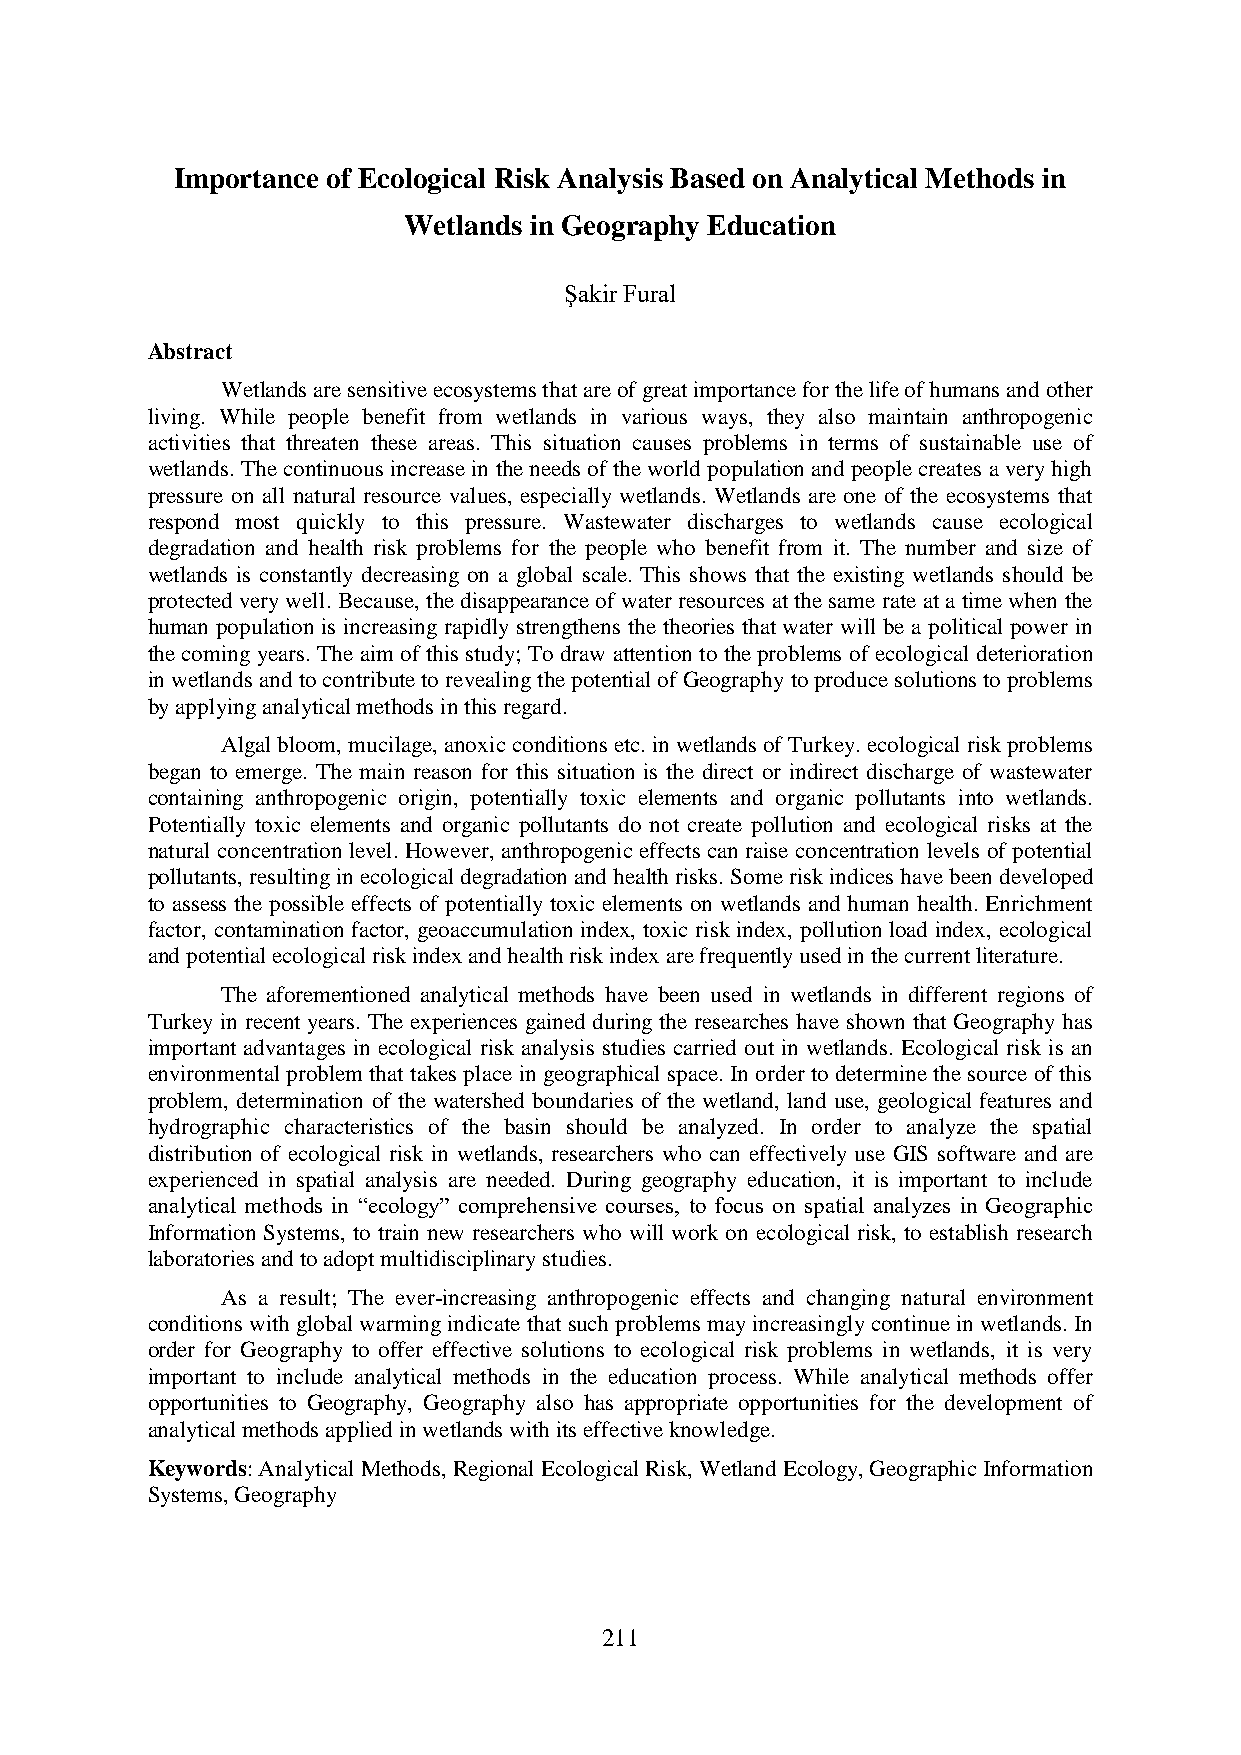
Importance of Ecological Risk Analysis Based on Analytical Methods in
 Wetlands in Geography Education
 Şakir Fural
 Abstract
 Wetlands are sensitive ecosystems that are of great importance for the life of humans and other
 living. While people benefit from wetlands in various ways, they also maintain anthropogenic
 activities that threaten these areas. This situation causes problems in terms of sustainable use of
 wetlands. The continuous increase in the needs of the world population and people creates a very high
 pressure on all natural resource values, especially wetlands. Wetlands are one of the ecosystems that
 respond most quickly to this pressure. Wastewater discharges to wetlands cause ecological
 degradation and health risk problems for the people who benefit from it. The number and size of
 wetlands is constantly decreasing on a global scale. This shows that the existing wetlands should be
 protected very well. Because, the disappearance of water resources at the same rate at a time when the
 human population is increasing rapidly strengthens the theories that water will be a political power in
 the coming years. The aim of this study; To draw attention to the problems of ecological deterioration
 in wetlands and to contribute to revealing the potential of Geography to produce solutions to problems
 by applying analytical methods in this regard.
 Algal bloom, mucilage, anoxic conditions etc. in wetlands of Turkey. ecological risk problems
 began to emerge. The main reason for this situation is the direct or indirect discharge of wastewater
 containing anthropogenic origin, potentially toxic elements and organic pollutants into wetlands.
 Potentially toxic elements and organic pollutants do not create pollution and ecological risks at the
 natural concentration level. However, anthropogenic effects can raise concentration levels of potential
 pollutants, resulting in ecological degradation and health risks. Some risk indices have been developed
 to assess the possible effects of potentially toxic elements on wetlands and human health. Enrichment
 factor, contamination factor, geoaccumulation index, toxic risk index, pollution load index, ecological
 and potential ecological risk index and health risk index are frequently used in the current literature.
 The aforementioned analytical methods have been used in wetlands in different regions of
 Turkey in recent years. The experiences gained during the researches have shown that Geography has
 important advantages in ecological risk analysis studies carried out in wetlands. Ecological risk is an
 environmental problem that takes place in geographical space. In order to determine the source of this
 problem, determination of the watershed boundaries of the wetland, land use, geological features and
 hydrographic characteristics of the basin should be analyzed. In order to analyze the spatial
 distribution of ecological risk in wetlands, researchers who can effectively use GIS software and are
 experienced in spatial analysis are needed. During geography education, it is important to include
 analytical methods in “ecology” comprehensive courses, to focus on spatial analyzes in Geographic
 Information Systems, to train new researchers who will work on ecological risk, to establish research
 laboratories and to adopt multidisciplinary studies.
 As a result; The ever-increasing anthropogenic effects and changing natural environment
 conditions with global warming indicate that such problems may increasingly continue in wetlands. In
 order for Geography to offer effective solutions to ecological risk problems in wetlands, it is very
 important to include analytical methods in the education process. While analytical methods offer
 opportunities to Geography, Geography also has appropriate opportunities for the development of
 analytical methods applied in wetlands with its effective knowledge.
 Keywords: Analytical Methods, Regional Ecological Risk, Wetland Ecology, Geographic Information
 Systems, Geography
 211